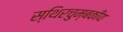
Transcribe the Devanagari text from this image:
स्थिरचुम्बकीय